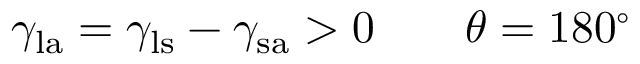
\gamma _ { \mathrm { l a } } = \gamma _ { \mathrm { l s } } - \gamma _ { \mathrm { s a } } > 0 \qquad \theta = 1 8 0 ^ { \circ }